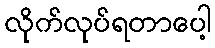
လိုက်လုပ်ရတာပေါ့